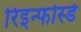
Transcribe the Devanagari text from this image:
रिइन्फोर्स्ड